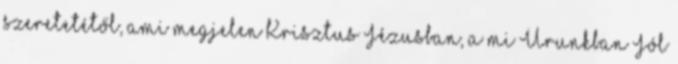
szeretetétől, ami megjelen Krisztus Jézusban, a mi Urunkban Jól